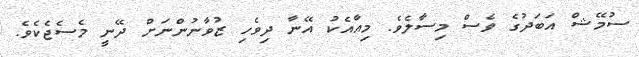
ސުމޭޝް އަބަދުގެ ވެސް މިސާލެވެ. މިއާއެކު އޭނާ ދިވެހި ޒުވާނުންނަށް ދޭނީ މެސެޖެކެވެ.